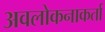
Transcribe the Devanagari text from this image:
अवलोकनाकर्ता